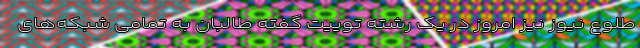
طلوع نیوز نیز امروز در یک رشته توییت گفته طالبان به تمامی شبکه‌های